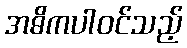
အဓိကပါဝင်သည့်